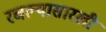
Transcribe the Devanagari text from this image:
रचल्यासारखी